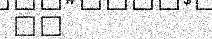
٤١